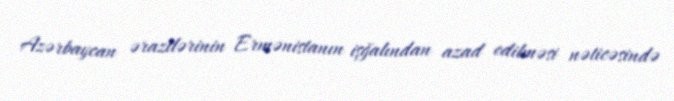
Azərbaycan ərazilərinin Ermənistanın işğalından azad edilməsi nəticəsində